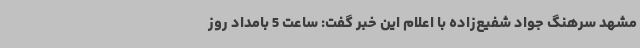
مشهد سرهنگ جواد شفیع‌زاده با اعلام این خبر گفت: ساعت 5 بامداد روز